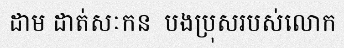
ដាម ដាត់សៈកន  បងប្រុសរបស់លោក